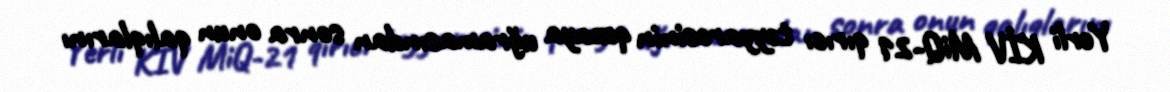
Yerli KİV MiQ-21 qırıcı təyyarəsinin qəzaya uğramasından sonra onun qalıqlarını